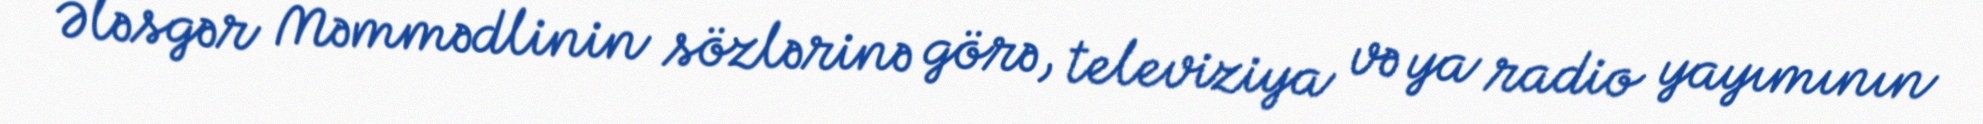
Ələsgər Məmmədlinin sözlərinə görə, televiziya və ya radio yayımının